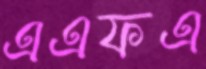
এএফএ